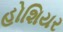
હોશિયર